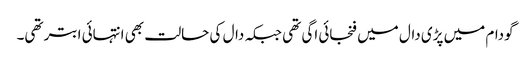
گودام میں پڑی دال میں فنجائی اگی تھی جبکہ دال کی حالت بھی انتہائی ابتر تھی۔